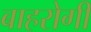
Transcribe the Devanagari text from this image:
बाहरोगी